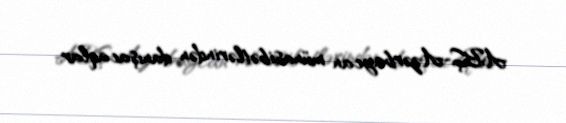
ABŞ-Azərbaycan münasibətlərindən danışacaqlar.